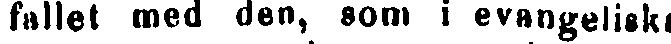
fallet med den, som i evangeliska